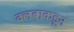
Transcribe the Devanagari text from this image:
क्लबाकडून